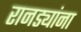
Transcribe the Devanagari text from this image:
रानड्यांना